Insane asylums Bombay 1873-77 - 1873-1877
Year: 1873
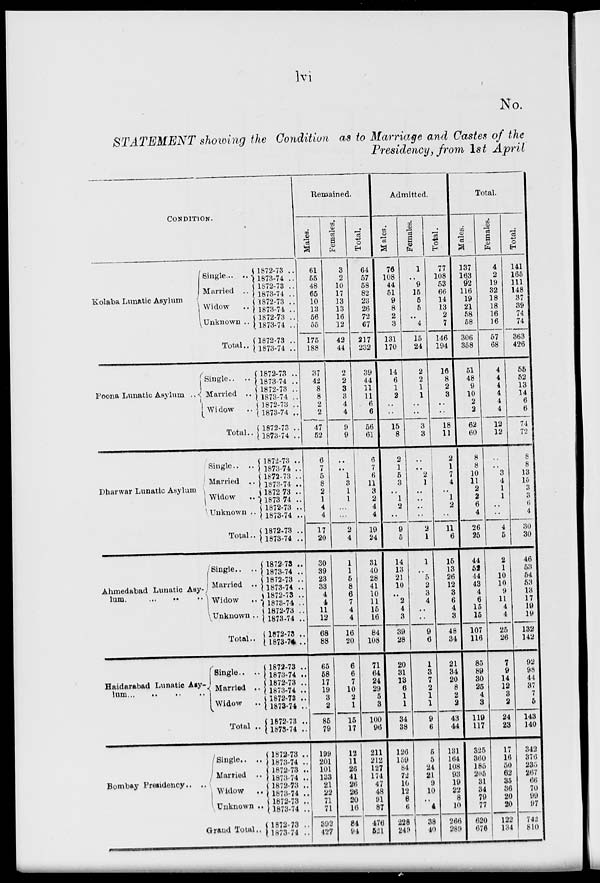
lvi
No.
STATEMENT showing the Condition as to Marriage and Castes of the
Presidency, from 1st April
CONDITION.
Kolaba Lunatic Asylum
Poona Lunatic Asylum ..
Dharwar Lunatic Asylum
Ahmedabad Lunatic Asy-
lum. .. .. ..
Haidarabad Lunatic Asy-
lum .. .. .. ..
Bombay Presidency.. ..
single .. ..
Married ..
Widow ..
Unknown ..
Total..
Single.. ..
Married ..
Widow
..
Total..
Single .. ..
Married ..
Widow ..
Unknown ..
Total..
Single.. ..
Married ..
Widow
..
Unknown ..
Total..
Single.. ..
Married ..
Widow ..
Total ..
Single ..
..
Married ..
Widow
..
Unknown ..
Grand Total..
1872-73 ..
1873-74 ..
1872-73 ..
1873-74 ..
1872-73 ..
1873-74 ..
1872-73 ..
1873-74 ..
1872-73 ..
1873-74 ..
1872-73 ..
1873-74 ..
1872-73 ..
1873-74 ..
1872-73 ..
1873-74 ..
1872-73 ..
1873-74 ..
1872-73 ..
1873-74 ..
1872-73 ..
1873-74 ..
1872-73 ..
1873-74 ..
1872-73 ..
1873-74 ..
1872-73 ..
1873-74 ..
1872-73 ..
1873-74 ..
1872-73 ..
1873-74 ..
1872-73 ..
1873-74 ..
1872-73 ..
1873-74 ..
1872-73 ..
1873-74 ..
1873-73 ..
1873-74 ..
1872-73 ..
1873-74 ..
1872-73 ..
1873-74 ..
1872-73 ..
1873-74 ..
1872-73 ..
1873-74 ..
1872-73 ..
1873-74 ..
1872-73 ..
1873-74 ..
1872-73 ..
1873-74 ..
1872-73 ..
1873-74 ..
Remained.
Males.
61
55
48
65
10
13
56
55
175
188
37
42
8
8
2
2
47
52
6
7
5
8
2
1
4
4
17
20
30
39
23
33
4
4
11
12
68
88
65
58
17
19
3
2
85
79
199
201
101
133
21
22
71
71
392
427
Females.
3
2
10
17
13
13
16
12
42
44
2
2
3
3
4
4
9
9
..
..
1
3
1
1
...
...
2
4
1
1
5
8
6
7
4
4
16
20
6
6
7
10
2
1
15
17
12
11
26
41
26
26
20
16
84
94
Total.
64
57
58
82
23
26
72
67
217
232
39
44
11
11
6
6
56
61
6
7
6
11
3
2
4
4
19
24
31
40
28
41
10
11
15
16
84
108
71
64
24
29
5
3
100
96
211
212
127
174
47
48
91
87
476
521
Admitted.
Males.
76
108
44
51
9
8
2
3
131
170
14
6
1
2
..
..
15
8
2
1
5
3
..
1
2
..
9
5
14
13
21
10
..
2
4
3
39
28
20
31
13
6
1
1
34
38
126
159
84
72
10
12
8
6
228
249
Females.
1
..
9
15
5
5
..
4
15
24
2
2
1
1
..
..
3
3
..
..
2
1
..
..
..
..
2
1
1
..
5
2
3
4
..
..
9
6
1
3
7
2
1
1
9
6
5
5
24
21
9
10
..
4
38
40
Total.
77
108
53
66
14
13
2
7
146
194
16
8
2
3
..
..
18
11
2
1
7
4
..
1
2
..
11
6
15
13
26
12
3
6
4
3
48
34
21
34
20
8
2
2
43
44
131
164
108
93
19
22
8
10
266
289
Total.
Males.
137
163
92
116
19
21
58
58
306
358
51
48
9
10
2
2
62
60
8
8
10
11
2
2
6
4
26
25
44
52
44
43
4
6
15
15
107
116
85
89
30
25
4
3
119
117
325
360
185
205
31
34
79
77
620
676
Females.
4
2
19
32
18
18
16
16
57
68
4
4
4
4
4
4
12
12
..
..
3
4
1
1
..
..
4
5
2
1
10
10
9
11
4
4
25
26
7
9
14
12
3
2
24
23
17
16
50
62
35
36
20
20
122
134
Total.
141
165
111
148
37
39
74
74
363
426
55
52
13
14
6
6
74
72
8
8
13
15
3
3
6
4
30
30
46
53
54
53
13
17
19
19
132
142
92
98
44
37
7
5
143
140
342
376
235
267
66
70
99
97
742
810